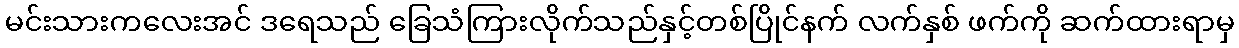
မင်းသားကလေးအင် ဒရေသည် ခြေသံကြားလိုက်သည်နှင့်တစ်ပြိုင်နက် လက်နှစ် ဖက်ကို ဆက်ထားရာမှ